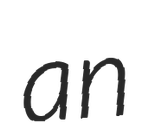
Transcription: an